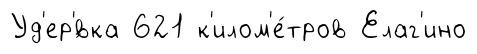
Уд'ер'́вка 621 к'илом'е́тров Елаг'ино